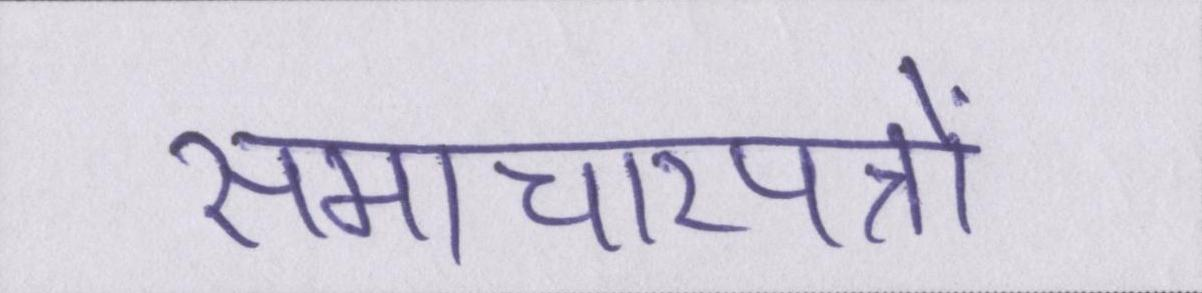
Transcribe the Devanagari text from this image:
समाचारपत्रों